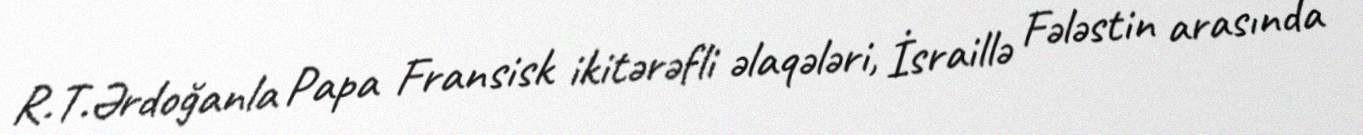
R.T.Ərdoğanla Papa Fransisk ikitərəfli əlaqələri, İsraillə Fələstin arasında